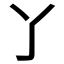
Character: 𬼸